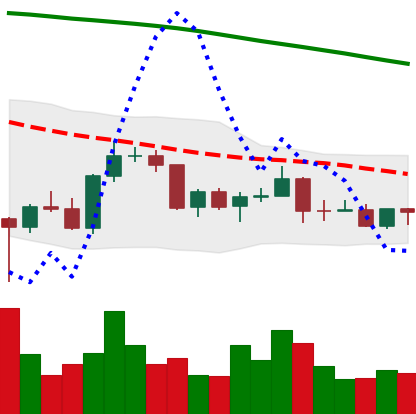
Ticker: BNB-USD
Chart end date: 2022-03-15
Forward return: 5.15%
Label: up_5_7